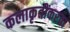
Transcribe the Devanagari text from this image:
कलाकृतींकरता